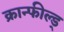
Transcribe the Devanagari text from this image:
क्रान्फील्ड्